65_HS1-834228961_62-HQ-83894_Section_2
Agency: FBI
Page 100
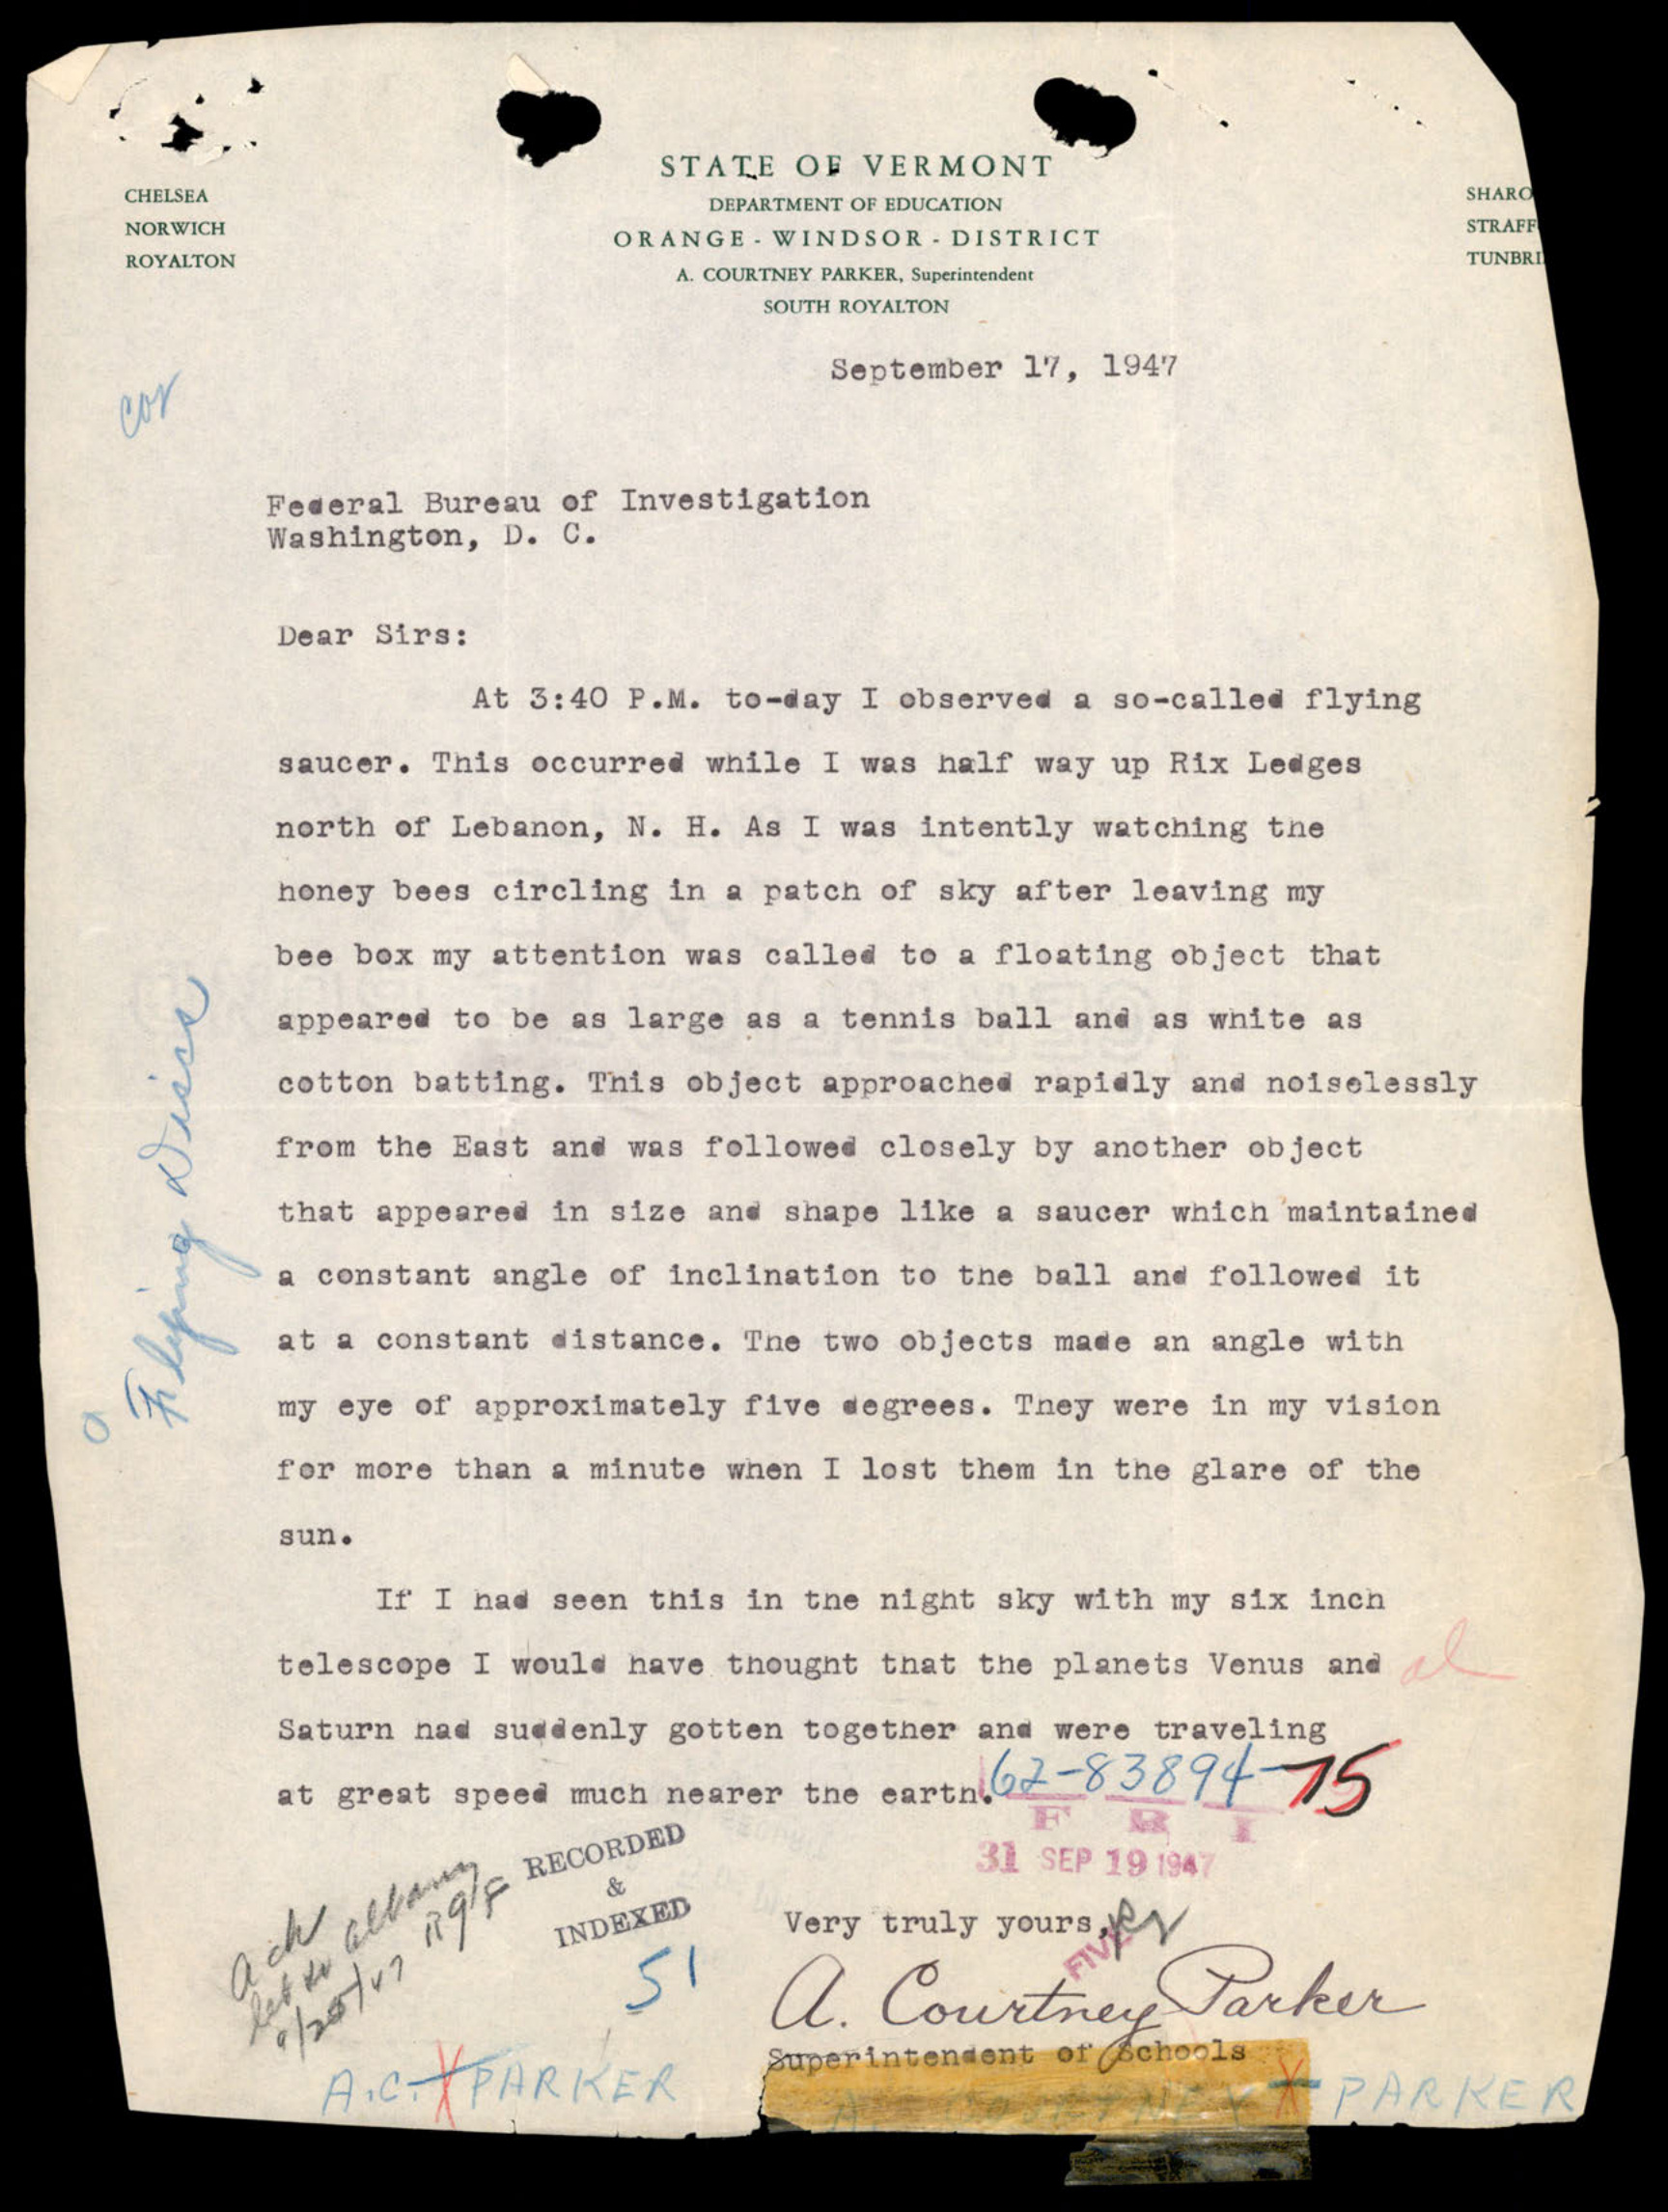